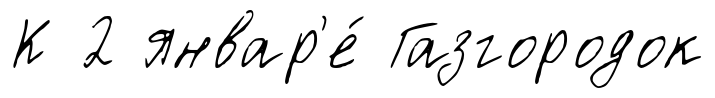
К 2 январ'е́ Газгородок